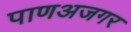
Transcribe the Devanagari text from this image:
पाणअजगर